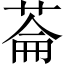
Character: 菕